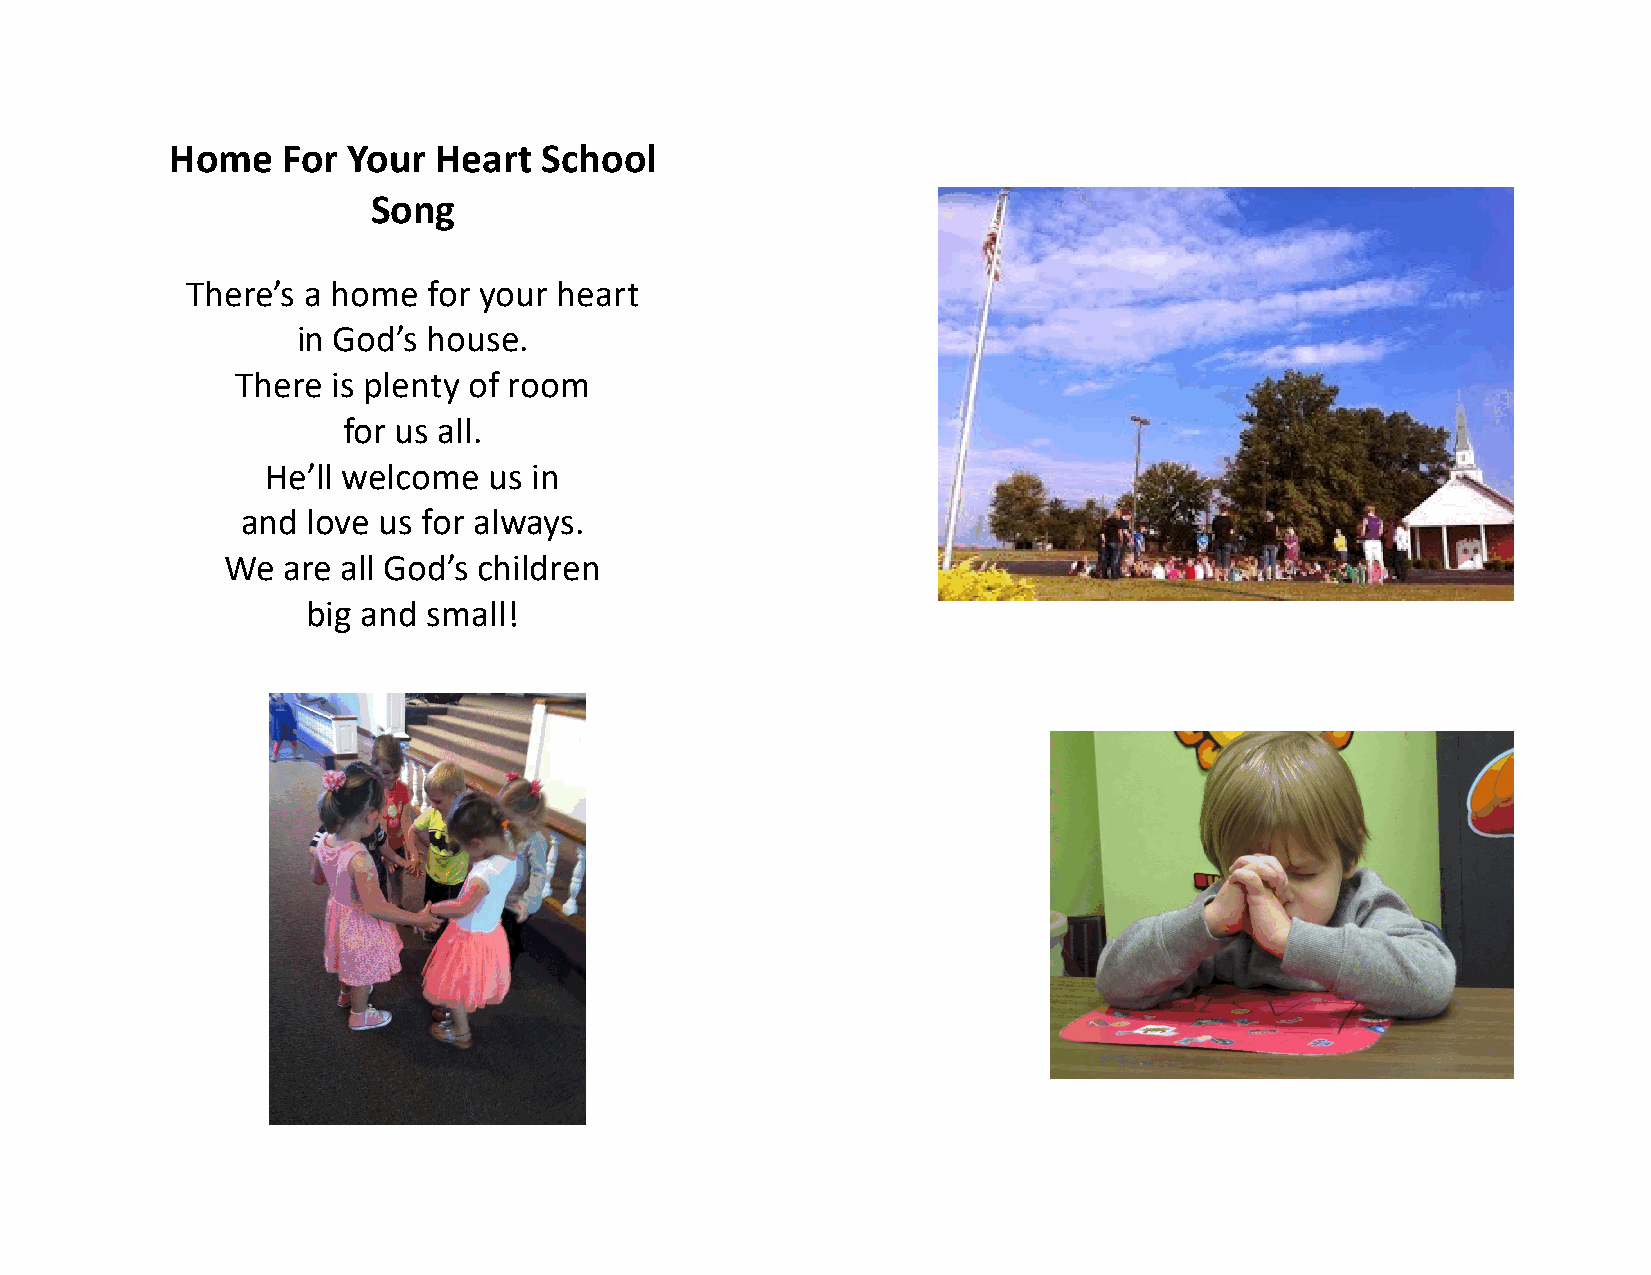
Home    For Your  Heart  School
 Song
 There’s a home  for your heart
 in God’s house.
 There is plenty of room
 for us all.
 He’ll welcome us in
 and love us for always.
 We  are all God’s children
 big and small!